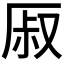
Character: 𰆜